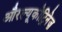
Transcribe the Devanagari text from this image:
औरल्यूकोट्रिनेज़